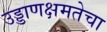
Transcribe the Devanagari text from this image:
उड्डाणक्षमतेचा